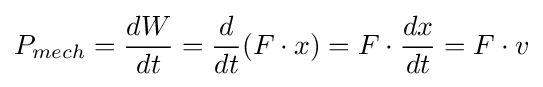
{P}_{mech}={dW \over dt}={d \over dt}(F\cdot x)=F\cdot {dx \over dt}=F\cdot v